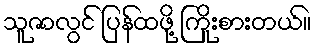
သူဇာလွင် ပြန်ထဖို့ ကြိုးစားတယ်။